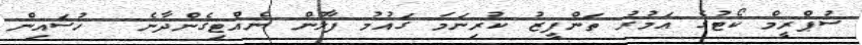
ސުޕްރީމް ކޯޓުގެ އަމުރު ތަންފީޒު ކުރިނަމަ ގައުމު ފާލުން ނެއްޓިގެންދާނެ  ހުސައިން